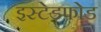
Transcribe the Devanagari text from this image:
इस्टेडफोड